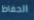
الحفاظ